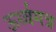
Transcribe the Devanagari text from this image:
ऊर्ध्वगत्र